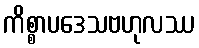
ကိစ္စာပဒေသဗဟုလဿ